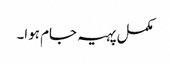
مکمل پہیہ جام ہوا۔